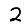
Digit: 2